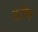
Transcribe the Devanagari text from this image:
त्रीन्